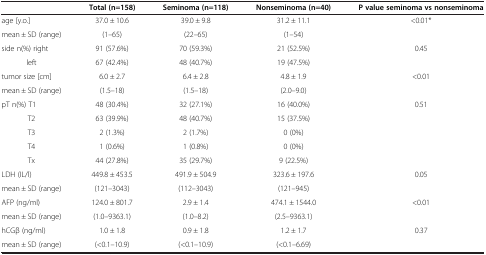
|  | Total (n=158) | Seminoma (n=118) | Nonseminoma (n=40) | P value seminoma vs nonseminoma |
 | --- | --- | --- | --- | --- |
 | age [y.o.] | 37.0 ± 10.6 | 39.0 ± 9.8 | 31.2 ± 11.1 | <ROWSPAN=2> <0.01* |
 | mean ± SD (range) | (1–65) | (22–65) | (1–54) |
 | side n(%) right | 91 (57.6%) | 70 (59.3%) | 21 (52.5%) | <ROWSPAN=2> 0.45 |
 | left | 67 (42.4%) | 48 (40.7%) | 19 (47.5%) |
 | tumor size [cm] | 6.0 ± 2.7 | 6.4 ± 2.8 | 4.8 ± 1.9 | <ROWSPAN=2> <0.01 |
 | mean ± SD (range) | (1.5–18) | (1.5–18) | (2.0–9.0) |
 | pT n(%) T1 | 48 (30.4%) | 32 (27.1%) | 16 (40.0%) | <ROWSPAN=5> 0.51 |
 | T2 | 63 (39.9%) | 48 (40.7%) | 15 (37.5%) |
 | T3 | 2 (1.3%) | 2 (1.7%) | 0 (0%) |
 | T4 | 1 (0.6%) | 1 (0.8%) | 0 (0%) |
 | Tx | 44 (27.8%) | 35 (29.7%) | 9 (22.5%) |
 | LDH (IL/l) | 449.8 ± 453.5 | 491.9 ± 504.9 | 323.6 ± 197.6 | <ROWSPAN=2> 0.05 |
 | mean ± SD (range) | (121–3043) | (112–3043) | (121–945) |
 | AFP (ng/ml) | 124.0 ± 801.7 | 2.9 ± 1.4 | 474.1 ± 1544.0 | <ROWSPAN=2> <0.01 |
 | mean ± SD (range) | (1.0–9363.1) | (1.0–8.2) | (2.5–9363.1) |
 | hCGβ (ng/ml) | 1.0 ± 1.8 | 0.9 ± 1.8 | 1.2 ± 1.7 | 0.37 |
 | mean ± SD (range) | (<0.1–10.9) | (<0.1–10.9) | (<0.1–6.69) |  |